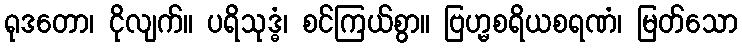
ရုဒတော၊ ငိုလျက်။ ပရိသုဒ္ဓံ၊ စင်ကြယ်စွာ။ ဗြဟ္မစရိယစရဏံ၊ မြတ်သော